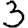
Digit: 3